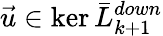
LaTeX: \vec{u}\in\ker\bar{L}_{k+1}^{down}